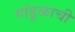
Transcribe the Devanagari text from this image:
गांडूळाची